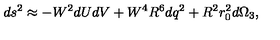
d s ^ { 2 } \approx - W ^ { 2 } d U d V + W ^ { 4 } R ^ { 6 } d q ^ { 2 } + R ^ { 2 } r _ { 0 } ^ { 2 } d \Omega _ { 3 } ,